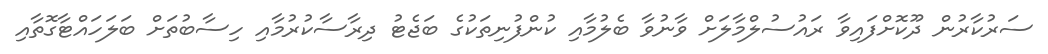
ސަރުކާރުން ދޫކޮށްފައިވާ ރައުސުލްމާލަށް ވާނުވާ ބެލުމާއި ކުންފުނިތަކުގެ ބަޖެޓު ދިރާސާކުރުމާއި ހިސާބުތަށް ބަލަހައްޓާގޮތާއި